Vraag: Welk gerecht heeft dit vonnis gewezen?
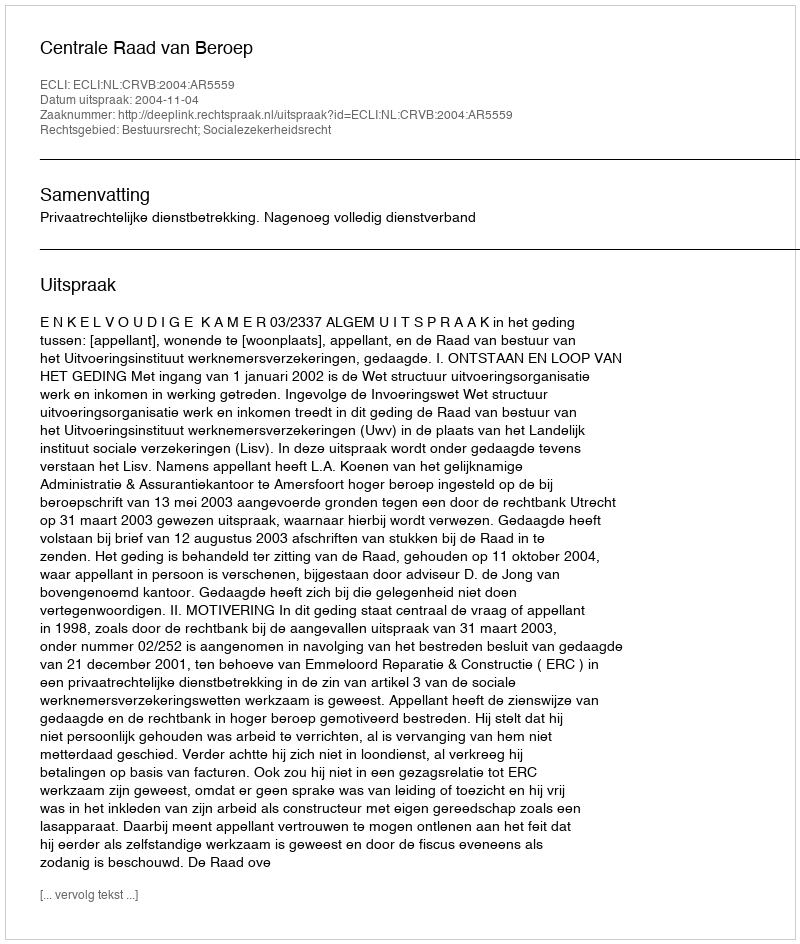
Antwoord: Centrale Raad van Beroep